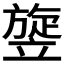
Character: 𥪱